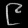
Digit: ၉